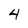
Character: 4